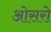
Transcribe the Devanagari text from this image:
ओसरो